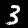
Label: 3